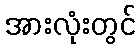
အားလုံးတွင်